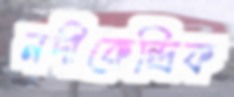
নদীকেন্দ্রিক